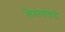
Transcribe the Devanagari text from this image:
विनंत्यांकडे